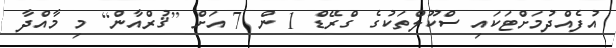
އުފެއްދުމަށްޓަކައި ސްކޫލްތަކުގެ ގްރޭޑް 1 ން 7 އަށް [ޤުރްއާން] މި މާއްދާ